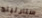
ستارلينج